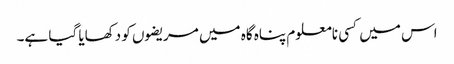
اس میں کسی نامعلوم پناہ گاہ میں مریضوں کو دکھایا گیا ہے۔